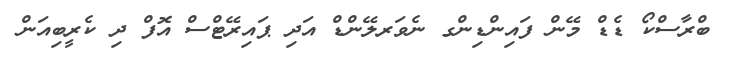
ބްރާސްކޯ ޑެޑް މޭން ފައިންޑިންގ ނެވަރލޭންޑް އަދި ޕައިރޭޓްސް އޮފް ދި ކެރީބިއަން